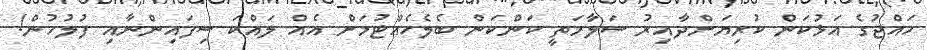
ހައްޖުގެ އަޅުކަން ކުރިޔަށްދާއިރު ސަލާމަތީ ކަންކަން ބެލެހެއްޓުމަށް އެއް ލައްކަ ސިފައިންނާއި ފުލުހުން!